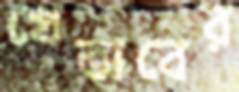
খেতাবের